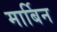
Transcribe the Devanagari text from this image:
मार्बिन